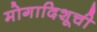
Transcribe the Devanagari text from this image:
मोगादिशूची